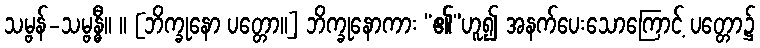
သမ္ဗန်-သမ္ဗန္ဓီ။ ။ [ဘိက္ခုနော ပတ္တော။] ဘိက္ခုနောကား “၏”ဟူ၍ အနက်ပေးသောကြောင့် ပတ္တော၌